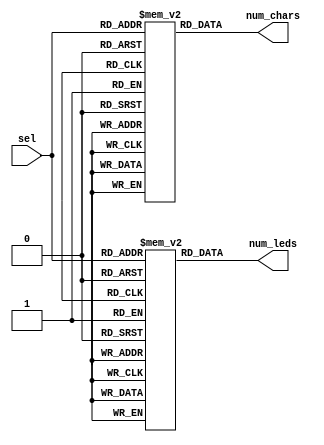
// This program was cloned from: https://github.com/ccattuto/tt07-serial-charmatrix
// License: Apache License 2.0

module config_rom (
    input wire [1:0] sel,
    output wire [2:0] num_chars,
    output wire [8:0] num_leds
);

reg [2:0] num_chars_mem [0:3];
reg [8:0] num_leds_mem [0:3];

integer i;
initial begin
    for (i=0; i<4; i=i+1) begin
        num_chars_mem[i] = 2*(i+1) - 1;
        num_leds_mem[i] = 2*35*(i+1) - 1;
    end
end

assign num_chars = num_chars_mem[sel];
assign num_leds = num_leds_mem[sel];

endmodule